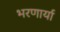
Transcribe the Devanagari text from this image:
भरणार्या